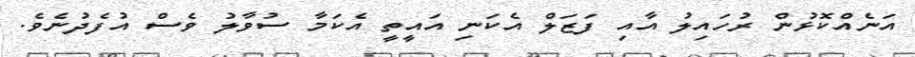
އަނެއްކޮޅުން ރުހައިލު އާއި ފަޒަލް އެކަނި އައީތީ އެކަމާ ސުވާލު ވެސް އުފެދުނެވެ.